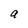
Character: a